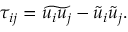
\tau _ { i j } = \widetilde { u _ { i } u _ { j } } - { \widetilde { u } } _ { i } { \widetilde { u } } _ { j } .